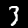
Digit: 3